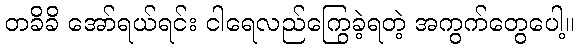
တခိခိ အော်ရယ်ရင်း ငါရေလည်ကြွေခဲ့ရတဲ့ အကွက်တွေပေါ့။